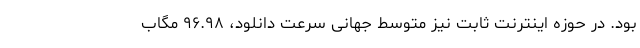
بود. در حوزه اینترنت ثابت نیز متوسط جهانی سرعت دانلود، ۹۶.۹۸ مگاب